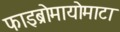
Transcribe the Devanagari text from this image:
फाइब्रोमायोमाटा